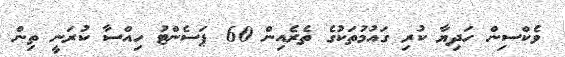
ވެކްސިން ހަދިޔާ ކުރި ގައުމުތަކުގެ ތެރެއިން 60 ޕަސެންޓު ހިއްސާ ކުރަނީ ތިން